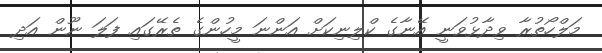
މަލްހޯތުރާ ވިދާޅުވަނީ އޭނާގެ ކްލިނިކަށް އަންނަ މީހުންގެ ތެރޭގައި ފަލަ ނޫން އަދި